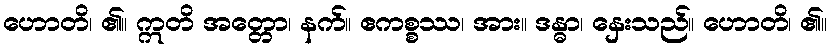
ဟောတိ၊ ၏။ ဣတိ အတ္တော၊ နက်။ ဧကစ္စဿ၊ အား။ ဒန္ဓာ၊ နှေးသည်။ ဟောတိ၊ ၏။